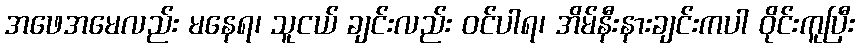
အဖေအမေလည်း မနေရ၊ သူငယ် ချင်းလည်း ဝင်ပါရ၊ အိမ်နီးနားချင်းကပါ ဝိုင်းကူပြီး